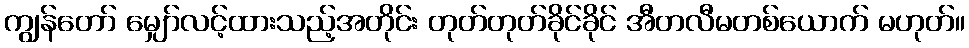
ကျွန်တော် မျှော်လင့်ထားသည့်အတိုင်း တုတ်တုတ်ခိုင်ခိုင် အီတလီမတစ်ယောက် မဟုတ်။